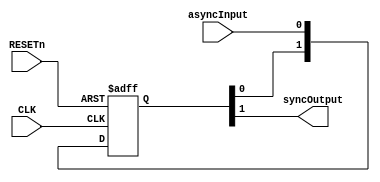
// ****************************************************************************/
// Microsemi Corporation Proprietary and Confidential
// Copyright 2015 Microsemi Corporation.  All rights reserved.
//
// ANY USE OR REDISTRIBUTION IN PART OR IN WHOLE MUST BE HANDLED IN
// ACCORDANCE WITH THE MICROSEMI LICENSE AGREEMENT AND MUST BE APPROVED
// IN ADVANCE IN WRITING.
//
// Description: 
//
// SVN Revision Information:
// SVN $Revision: 25747 $
// SVN $Date: 2015-12-14 08:32:25 +0530 (Mon, 14 Dec 2015) $
//
// Resolved SARs
// SAR      Date     Who   Description
//
// Notes:
//
// ****************************************************************************/
module COREAXITOAHBL_synchronizer(
        CLK,
        RESETn,
        asyncInput,
        syncOutput
);
////////////////////////////////////////////////////////////////////////////////
// User modifiable parameters
////////////////////////////////////////////////////////////////////////////////
parameter NO_OF_REG_STAGES = 2; // Determines the number of register stages that
                                // are used in the synchronizer.
                                // Increase the number of register stages based
                                // on the required MTBF and the clock frequencies
                                // being used.
////////////////////////////////////////////////////////////////////////////////
// Input/Output signal declarations
////////////////////////////////////////////////////////////////////////////////
input                           CLK;
input                           RESETn;
input                           asyncInput;

output                          syncOutput;

////////////////////////////////////////////////////////////////////////////////
// Internal signals
////////////////////////////////////////////////////////////////////////////////
// Prevent the synchronizer being optimized away by the synthesis tool
reg     [NO_OF_REG_STAGES-1:0]  syncReg/* synthesis syn_keep = 1 */;

////////////////////////////////////////////////////////////////////////////////
// Synchronizer register stage
////////////////////////////////////////////////////////////////////////////////
always @(posedge CLK or negedge RESETn)
begin
    if (!RESETn)
        syncReg[NO_OF_REG_STAGES-1:0] <= {NO_OF_REG_STAGES{1'b0}};
    else
        syncReg[NO_OF_REG_STAGES-1:0] <= {syncReg[(NO_OF_REG_STAGES-2):0], asyncInput};
end

assign syncOutput = syncReg[NO_OF_REG_STAGES-1];

endmodule // COREAXITOAHBL_synchronizer